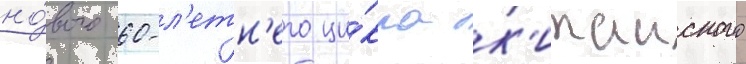
но́вого 60-л'етн'его ци́кла к'итаиского